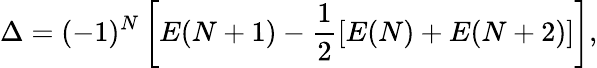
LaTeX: \Delta=(-1)^{N}\left[E(N+1)-\frac{1}{2}\left[E(N)+E(N+2)\right]\right],